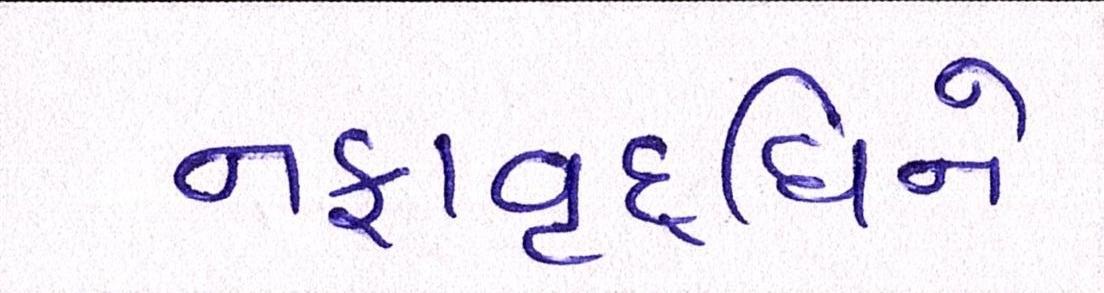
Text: નફાવૃદ્ધિને